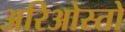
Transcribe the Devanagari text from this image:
अरिओस्तो